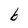
Character: b